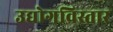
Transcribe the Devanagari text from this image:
उद्योगविस्तार